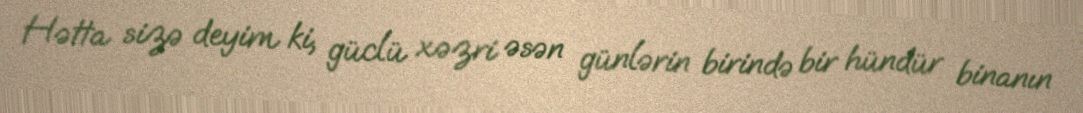
Hətta sizə deyim ki, güclü xəzri əsən günlərin birində bir hündür binanın